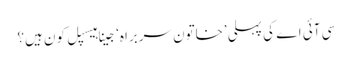
سی آئی اے کی پہلی ’خاتون سربراہ‘ جینا ہیسپل کون ہیں؟